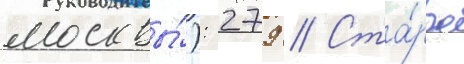
москвы́): 279 // Ста́рое